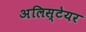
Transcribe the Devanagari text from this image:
अलिस्टेयर